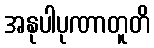
အနုပါပုဏာတူတိ